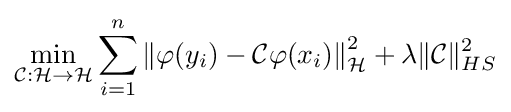
\min _{{\mathcal {C}}:{\mathcal {H}}\to {\mathcal {H}}}\sum _{i=1}^{n}\left\|\varphi (y_{i})-{\mathcal {C}}\varphi (x_{i})\right\|_{\mathcal {H}}^{2}+\lambda \|{\mathcal {C}}\|_{HS}^{2}